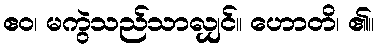
ဧဝ၊ မကွဲသည်သာလျှင်။ ဟောတိ၊ ၏။